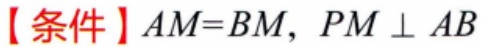
【条件】$AM = BM, PM\perp AB$